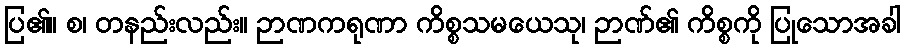
ပြ၏။ စ၊ တနည်းလည်း။ ဉာဏကရုဏာ ကိစ္စသမယေသု၊ ဉာဏ်၏ ကိစ္စကို ပြုသောအခါ